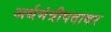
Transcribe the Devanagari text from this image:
अर्थमंत्रीपदावर